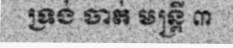
ទ្រង់ ចាត់ មន្ត្រី ៣